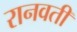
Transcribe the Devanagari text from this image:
रानवती